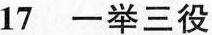
17 一举三役